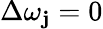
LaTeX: \Delta\omega_{\mathbf{j}}=0